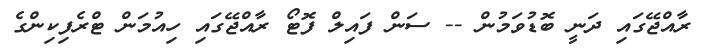
ރާއްޖޭގައި ދަނީ ބޮޑުވަމުން -- ސަން ފައިލް ފޮޓޯ ރާއްޖޭގައި ހިއުމަން ޓްރެފިކިންގެ